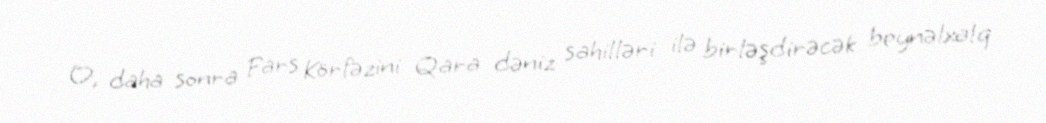
O, daha sonra Fars Körfəzini Qara dəniz sahilləri ilə birləşdirəcək beynəlxalq